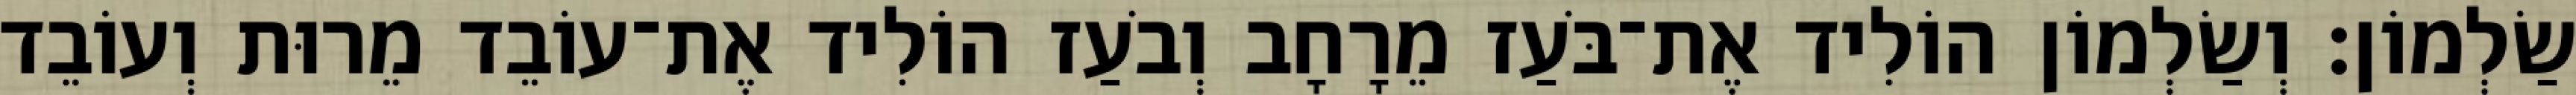
שַׂלְמוֹן׃ וְשַׂלְמוֹן הוֹלִיד אֶת־בֹּעַז מֵרָחָב וְבֹעַז הוֹלִיד אֶת־עוֹבֵד מֵרוּת וְעוֹבֵד